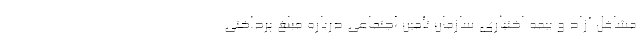
مشاغل آزاد و بیمه اختیاری سازمان تأمین اجتماعی درباره مبلغ پرداختی